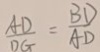
\frac { A D } { D G } = \frac { B D } { A D }